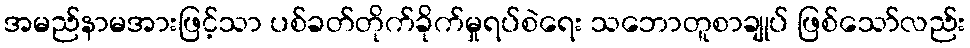
အမည်နာမအားဖြင့်သာ ပစ်ခတ်တိုက်ခိုက်မှုရပ်စဲရေး သဘောတူစာချုပ် ဖြစ်သော်လည်း